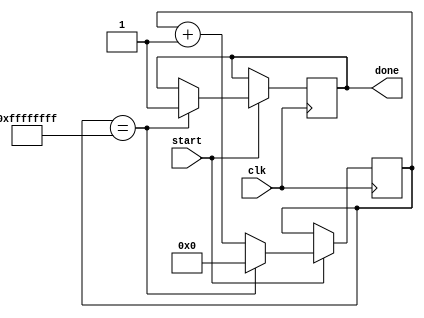
module Timer (
    input clk,
    input start,
    output reg done
);

reg [31:0] count = 32'h00000000;

always @(posedge clk) begin
    if (start) begin
        if (count == 32'hFFFFFFFF) begin
            done <= 1;
            count <= 32'h00000000;
        end else begin
            count <= count + 1;
        end
    end
end

endmodule